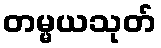
တမ္မယသုတ်